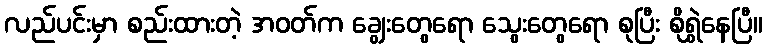
လည်ပင်းမှာ စည်းထားတဲ့ အဝတ်က ချွေးတွေရော သွေးတွေရော စုပြီး စိုရွှဲနေပြီ။